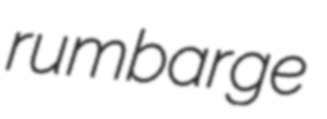
rumbarge